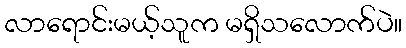
လာရောင်းမယ့်သူက မရှိသလောက်ပဲ။